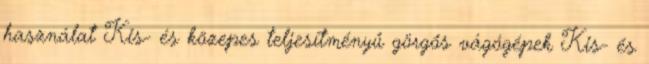
használat Kis- és közepes teljesítményű görgős vágógépek Kis- és